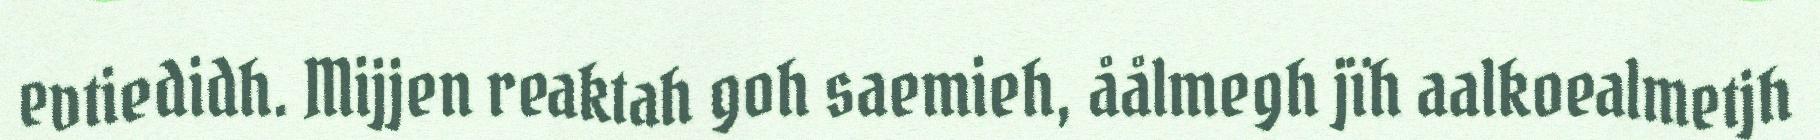
evtiedidh. Mijjen reaktah goh saemieh, åålmegh jïh aalkoealmetjh